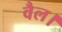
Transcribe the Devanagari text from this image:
वैल।